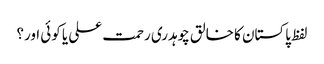
لفظ پاکستان کا خالق چوہدری رحمت علی یا کوئی اور؟